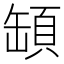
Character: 𩒡